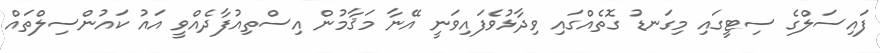
ފައިސަލްގެ ސިޓީގައި މިގަނޑު ގޮތެއްގައި ވިދާޅުވެފައިވަނީ އޭނާ މަޤާމުން އިސްތިއުފާދެއްވީ އައު ކައުންސިލްތައް